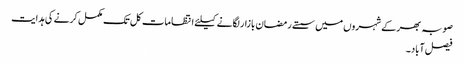
صوبہ بھر کے شہروں میں سستے رمضان بازار لگانے کیلئے انتظامات کل تک مکمل کرنے کی ہدایت
فیصل آباد۔